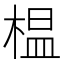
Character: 榅